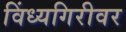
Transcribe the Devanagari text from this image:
विंध्यगिरीवर